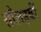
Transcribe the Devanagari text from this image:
सौलहवीं